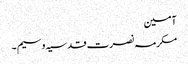
آمین
مکرمہ نصرت قدسیہ وسیم ۔